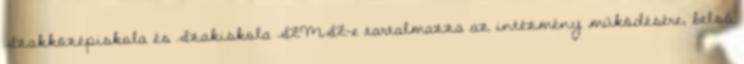
Szakközépiskola és Szakiskola SZMSZ-e tartalmazza az intézmény működésére, belső